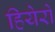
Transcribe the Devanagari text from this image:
हियेरो